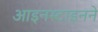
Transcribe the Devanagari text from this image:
आइनस्टाइनने